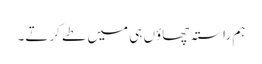
ہم راستہ چھاؤں ہی میں طے کرتے۔